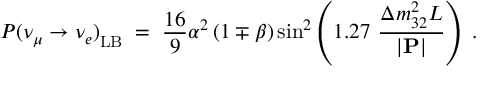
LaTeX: P ( \nu _ { \mu } \rightarrow \nu _ { e } ) _ { \mathrm { L B } } ^ { ~ } \; = \; \frac { 1 6 } { 9 } \alpha ^ { 2 } \left( 1 \mp \beta \right) \sin ^ { 2 } \left( 1 . 2 7 ~ \frac { \Delta m _ { 3 2 } ^ { 2 } L } { | { \bf P } | } \right) \; .